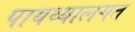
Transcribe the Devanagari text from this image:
पायथ्यालगत